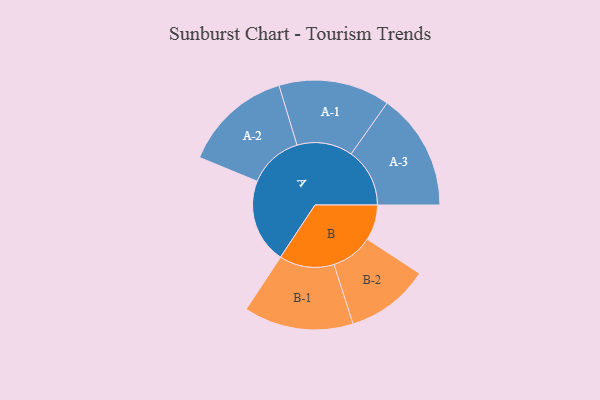
{"axis": {"x": "Segment", "y": "Value"}, "legend": ["", "A", "B"], "data": [{"x": "A", "y": 402, "type": ""}, {"x": "B", "y": 169, "type": ""}, {"x": "A-1", "y": 265, "type": "A"}, {"x": "A-2", "y": 259, "type": "A"}, {"x": "A-3", "y": 279, "type": "A"}, {"x": "B-1", "y": 261, "type": "B"}, {"x": "B-2", "y": 199, "type": "B"}]}